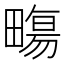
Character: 𤳈